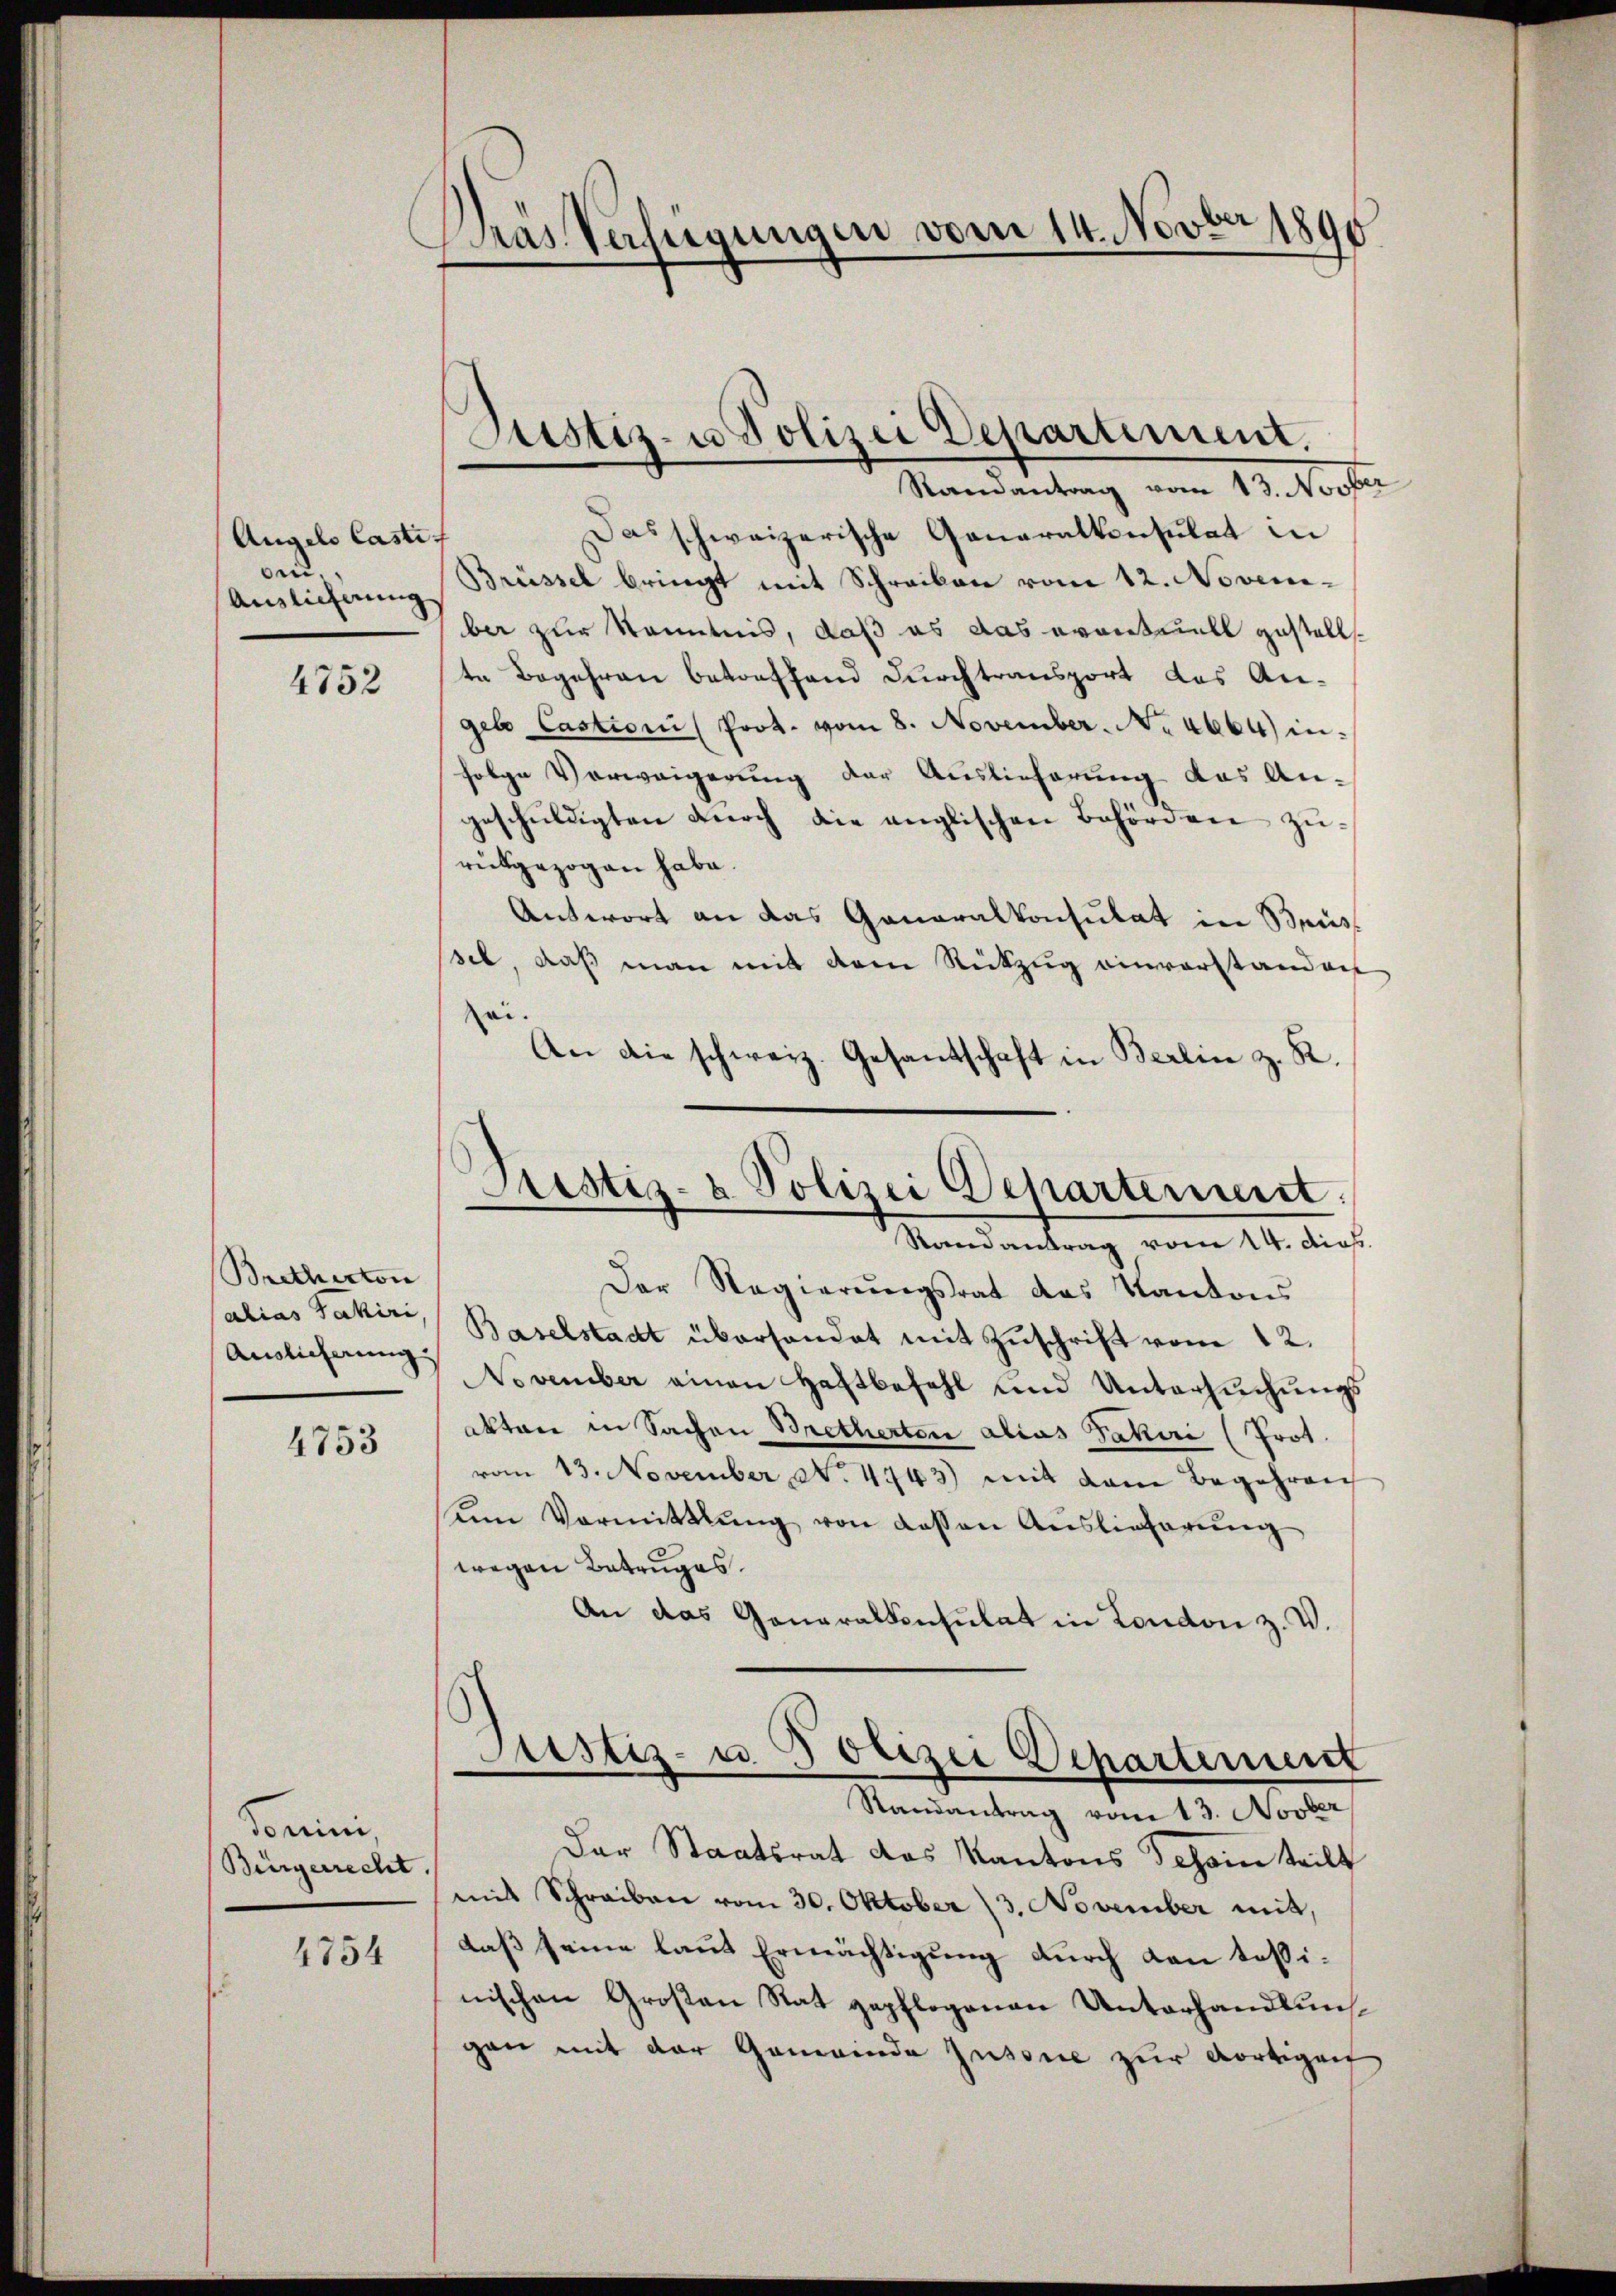
Angelo Castet
ben.
Auslieferung

4752

Brethictor
alias Pakiri,
Auslicherung

4753

Tomini
Bürgerrecht.
4754

Pras Verfügungen vom 14. Novber 1890

Randantrag vom 13. Novber
Das schweizerische Generalkonsulat in
Brüssel bringt mit Schreiben vom 12. November zur Kenntnis, daß es das avantiell gestellte Begehren betreffend durchtransport das Angeb Castioni Prot. vom 8. November. No. 4664) infolge Verweigerung der Auslieferung des An-
geschŭldigten Dŭrch die anglischen Behörden zŭ-
rükgezogen habe.
Antwort an das Ganaralkonsulat in Bris
sel, daß man mit dem Rückzug einverstanden
ei.
An die schweiz. Gesandschaft in Berlin z. R.

Justiz- u Polizei Departement.

Fristiz- & Polizei Departerient.
Randantrag vom 14. dies

Der Regierungsrat des Kantons
Baselstadt überhandet mit Zuschrift vom 12.
November einen Haftbefehl und Untersuchungsakten in Sachen Bretherten alias Jakuri (Prot.
vom 13. November No. 4743) mit dem Begehren
um Vormittlung von dessen Auslieferung
wegen Betruges.
An das Generalkonsulat in London z. V.

Justiz- u. Polizei Departement
Randantrag vom 13. Novber
Der Staatsrat das Kantons Scheinteilt
mit Schreiben vom 30. Oktober 3. November mit,
daß seine laut Ermächtigung durch den tößinischen Großen Stat gepflogenen Unterhandlung
gan mit der Gemeinde zusine zur Fortigen